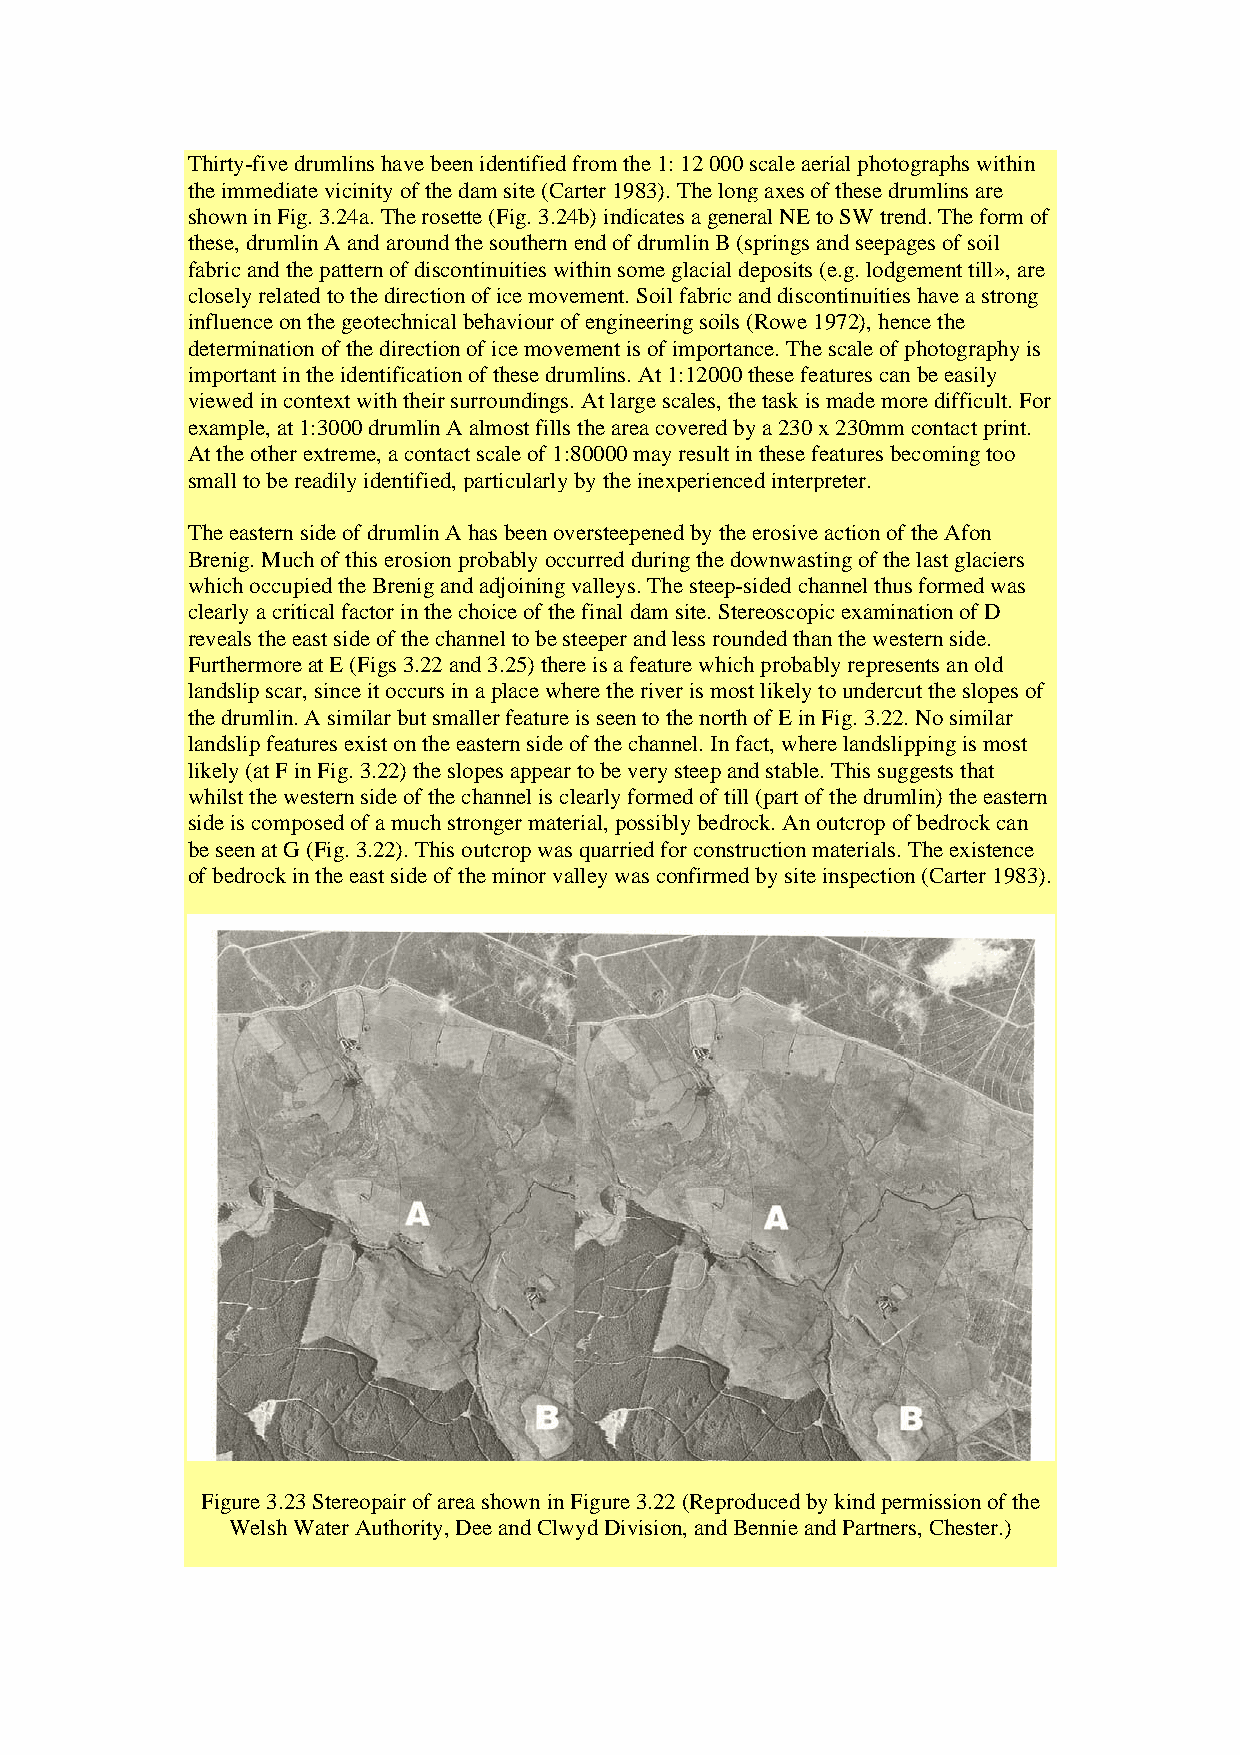
Thirty-five drumlins have been identified from the 1: 12 000 scale aerial photographs within
 the immediate vicinity of the dam site (Carter 1983). The long axes of these drumlins are
 shown in Fig. 3.24a. The rosette (Fig. 3.24b) indicates a general NE to SW trend. The form of
 these, drumlin A and around the southern end of drumlin B (springs and seepages of soil
 fabric and the pattern of discontinuities within some glacial deposits (e.g. lodgement till», are
 closely related to the direction of ice movement. Soil fabric and discontinuities have a strong
 influence on the geotechnical behaviour of engineering soils (Rowe 1972), hence the
 determination of the direction of ice movement is of importance. The scale of photography is
 important in the identification of these drumlins. At 1:12000 these features can be easily
 viewed in context with their surroundings. At large scales, the task is made more difficult. For
 example, at 1:3000 drumlin A almost fills the area covered by a 230 x 230mm contact print.
 At the other extreme, a contact scale of 1:80000 may result in these features becoming too
 small to be readily identified, particularly by the inexperienced interpreter.
 The eastern side of drumlin A has been oversteepened by the erosive action of the Afon
 Brenig. Much of this erosion probably occurred during the downwasting of the last glaciers
 which occupied the Brenig and adjoining valleys. The steep-sided channel thus formed was
 clearly a critical factor in the choice of the final dam site. Stereoscopic examination of D
 reveals the east side of the channel to be steeper and less rounded than the western side.
 Furthermore at E (Figs 3.22 and 3.25) there is a feature which probably represents an old
 landslip scar, since it occurs in a place where the river is most likely to undercut the slopes of
 the drumlin. A similar but smaller feature is seen to the north of E in Fig. 3.22. No similar
 landslip features exist on the eastern side of the channel. In fact, where landslipping is most
 likely (at F in Fig. 3.22) the slopes appear to be very steep and stable. This suggests that
 whilst the western side of the channel is clearly formed of till (part of the drumlin) the eastern
 side is composed of a much stronger material, possibly bedrock. An outcrop of bedrock can
 be seen at G (Fig. 3.22). This outcrop was quarried for construction materials. The existence
 of bedrock in the east side of the minor valley was confirmed by site inspection (Carter 1983).
 Figure 3.23 Stereopair of area shown in Figure 3.22 (Reproduced by kind permission of the
 Welsh Water Authority, Dee and Clwyd Division, and Bennie and Partners, Chester.)